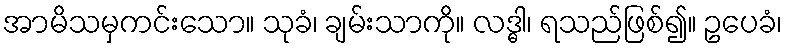
အာမိသမှကင်းသော။ သုခံ၊ ချမ်းသာကို။ လဒ္ဓါ၊ ရသည်ဖြစ်၍။ ဥပေခံ၊